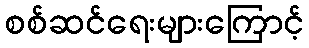
စစ်ဆင်ရေးများကြောင့်